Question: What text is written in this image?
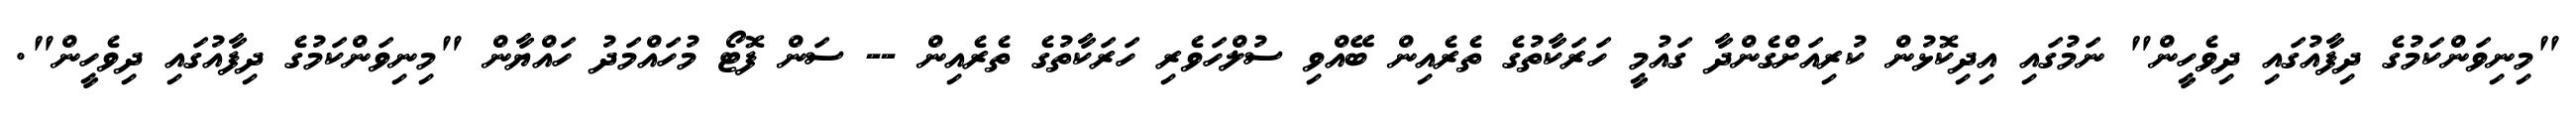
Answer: "މިނިވަންކަމުގެ ދިފާއުގައި ދިވެހީން" ނަމުގައި އިދިކޮޅުން ކުރިއަށްގެންދާ ގައުމީ ހަރަކާތުގެ ތެރެއިން ބޭއްވި ސުލްހަވެރި ހަރަކާތުގެ ތެރެއިން -- ސަން ފޮޓޯ މުހައްމަދު ހައްޔާން "މިނިވަންކަމުގެ ދިފާއުގައި ދިވެހީން".